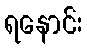
ရနောင်း